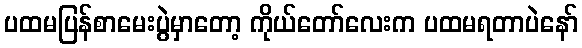
ပထမပြန်စာမေးပွဲမှာတော့ ကိုယ်တော်လေးက ပထမရတာပဲနော်